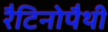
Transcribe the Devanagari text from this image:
रैटिनोपैथी